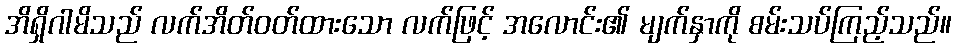
အိရှိဂါမိသည် လက်အိတ်ဝတ်ထားသော လက်ဖြင့် အလောင်း၏ မျက်နှာကို စမ်းသပ်ကြည့်သည်။